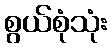
စွယ်စုံသုံး